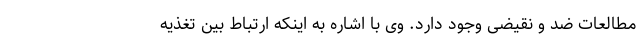
مطالعات ضد و نقیضی وجود دارد. وی با اشاره به اینکه ارتباط بین تغذیه